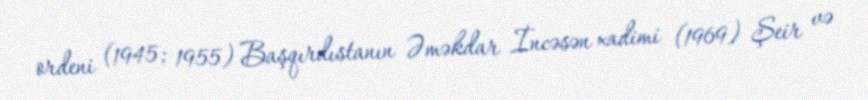
ordeni (1945; 1955) Başqırdıstanın Əməkdar İncəsən xadimi (1969) Şeir və